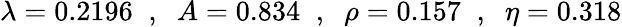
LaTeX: \lambda=0.2196\; \; ,\; \; A=0.834\; \; ,\; \; \rho=0.157\; \; ,\; \; \eta=0.318